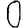
Digit: 0